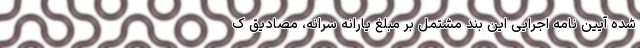
شده آیین نامه اجرایی این بند مشتمل بر مبلغ یارانه سرانه، مصادیق ک